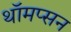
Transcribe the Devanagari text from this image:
थॉमप्सन